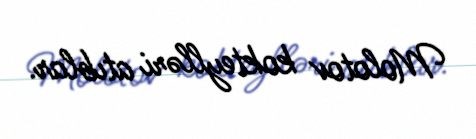
Molotov kokteylləri atıblar.